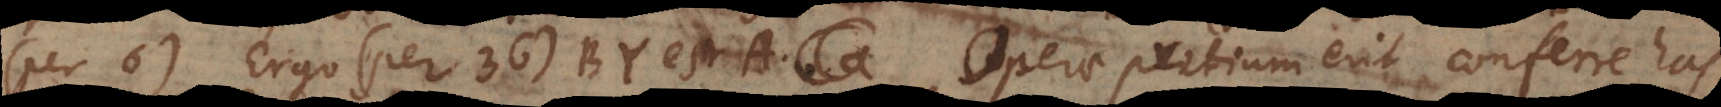
(per 6). Ergo (per 36) BY est A. Operae pretium erit conferre has